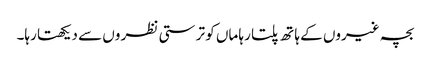
بچہ غیروں کے ہا تھ پلتا رہا ماں کو تر ستی نظر وں سے دیکھتا رہا۔